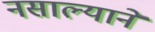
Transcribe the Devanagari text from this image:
नसाल्याने